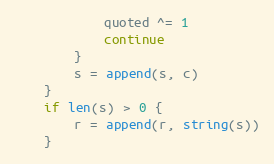
Language: Go
			quoted ^= 1
			continue
		}
		s = append(s, c)
	}
	if len(s) > 0 {
		r = append(r, string(s))
	}